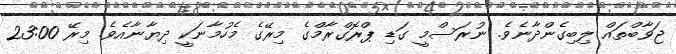
ޖަވާބްތައް ލިބިގެންދާނެވެ. ނުރަސްމީ ގަޑި ޕްރޮގްރާމްގެ މިރޭގެ މެހުމާނަކީ ދިޔާނާއެވެ. މިރޭ 23:00